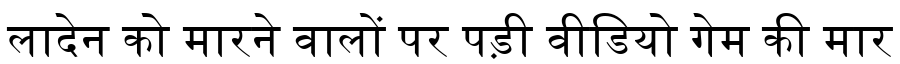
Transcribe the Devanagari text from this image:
लादेन को मारने वालों पर पड़ी वीडियो गेम की मार